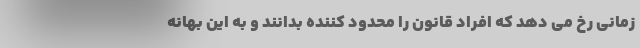
زمانی رخ می دهد که افراد قانون را محدود کننده بدانند و به این بهانه